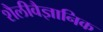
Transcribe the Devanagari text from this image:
शैलीवैज्ञानिक